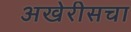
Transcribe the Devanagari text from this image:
अखेरीसचा